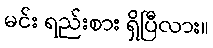
မင်း ရည်းစား ရှိပြီလား။